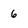
Character: 6